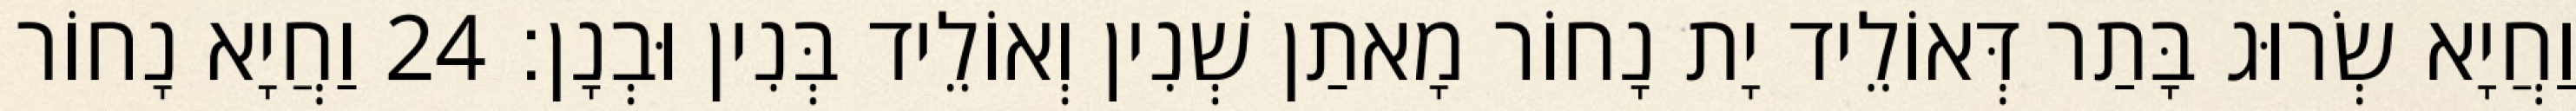
וַחֲיָא שְׂרוּג בָּתַר דְּאוֹלֵיד יָת נָחוֹר מָאתַן שְׁנִין וְאוֹלֵיד בְּנִין וּבְנָן׃ 24 וַחֲיָא נָחוֹר